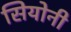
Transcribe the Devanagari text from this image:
सियोनी